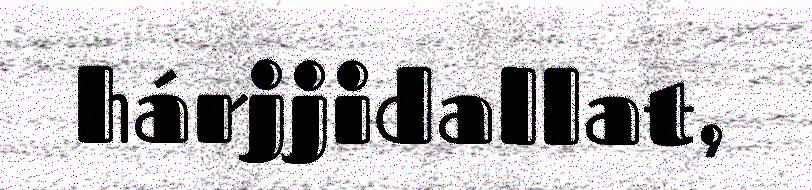
hárjjidallat,